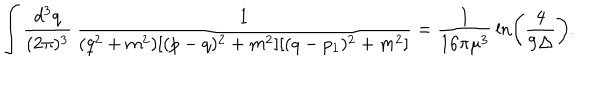
\int \frac { d ^ { 3 } q } { ( 2 \pi ) ^ { 3 } } \, \frac { 1 } { ( q ^ { 2 } + m ^ { 2 } ) [ ( p - q ) ^ { 2 } + m ^ { 2 } ] [ ( q - p _ { 1 } ) ^ { 2 } + m ^ { 2 } ] } = \frac { 1 } { 1 6 \pi \mu ^ { 3 } } \, \ln \left( \frac { 4 } { 9 \Delta } \right) .